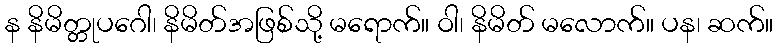
န နိမိတ္တုပဂေါ၊ နိမိတ်အဖြစ်သို့ မရောက်။ ဝါ၊ နိမိတ် မလောက်။ ပန၊ ဆက်။